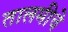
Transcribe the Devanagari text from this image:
तालमीचे